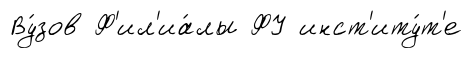
Ву́зов Ф'ил'иа́лы ФУ инст'иту́т'е